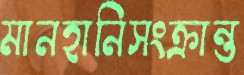
মানহানিসংক্রান্ত